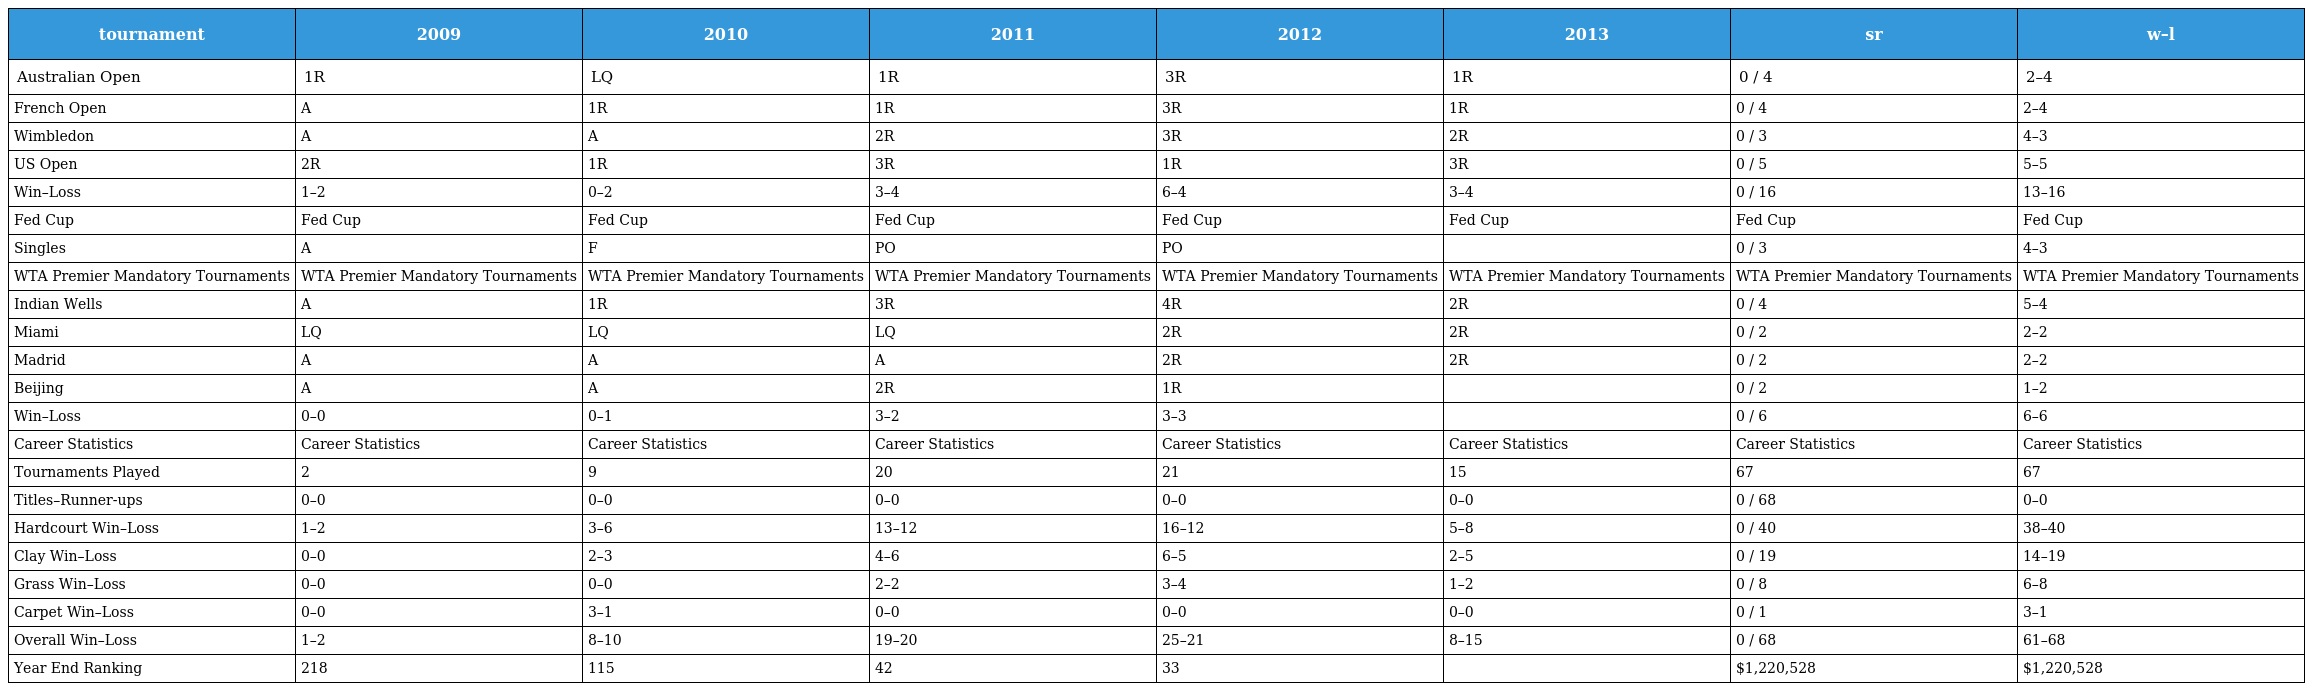
| tournament | 2009 | 2010 | 2011 | 2012 | 2013 | sr | w–l |
 | --- | --- | --- | --- | --- | --- | --- | --- |
 | Australian Open | 1R | LQ | 1R | 3R | 1R | 0 / 4 | 2–4 |
 | French Open | A | 1R | 1R | 3R | 1R | 0 / 4 | 2–4 |
 | Wimbledon | A | A | 2R | 3R | 2R | 0 / 3 | 4–3 |
 | US Open | 2R | 1R | 3R | 1R | 3R | 0 / 5 | 5–5 |
 | Win–Loss | 1–2 | 0–2 | 3–4 | 6–4 | 3–4 | 0 / 16 | 13–16 |
 | Fed Cup | Fed Cup | Fed Cup | Fed Cup | Fed Cup | Fed Cup | Fed Cup | Fed Cup |
 | Singles | A | F | PO | PO |  | 0 / 3 | 4–3 |
 | WTA Premier Mandatory Tournaments | WTA Premier Mandatory Tournaments | WTA Premier Mandatory Tournaments | WTA Premier Mandatory Tournaments | WTA Premier Mandatory Tournaments | WTA Premier Mandatory Tournaments | WTA Premier Mandatory Tournaments | WTA Premier Mandatory Tournaments |
 | Indian Wells | A | 1R | 3R | 4R | 2R | 0 / 4 | 5–4 |
 | Miami | LQ | LQ | LQ | 2R | 2R | 0 / 2 | 2–2 |
 | Madrid | A | A | A | 2R | 2R | 0 / 2 | 2–2 |
 | Beijing | A | A | 2R | 1R |  | 0 / 2 | 1–2 |
 | Win–Loss | 0–0 | 0–1 | 3–2 | 3–3 |  | 0 / 6 | 6–6 |
 | Career Statistics | Career Statistics | Career Statistics | Career Statistics | Career Statistics | Career Statistics | Career Statistics | Career Statistics |
 | Tournaments Played | 2 | 9 | 20 | 21 | 15 | 67 | 67 |
 | Titles–Runner-ups | 0–0 | 0–0 | 0–0 | 0–0 | 0–0 | 0 / 68 | 0–0 |
 | Hardcourt Win–Loss | 1–2 | 3–6 | 13–12 | 16–12 | 5–8 | 0 / 40 | 38–40 |
 | Clay Win–Loss | 0–0 | 2–3 | 4–6 | 6–5 | 2–5 | 0 / 19 | 14–19 |
 | Grass Win–Loss | 0–0 | 0–0 | 2–2 | 3–4 | 1–2 | 0 / 8 | 6–8 |
 | Carpet Win–Loss | 0–0 | 3–1 | 0–0 | 0–0 | 0–0 | 0 / 1 | 3–1 |
 | Overall Win–Loss | 1–2 | 8–10 | 19–20 | 25–21 | 8–15 | 0 / 68 | 61–68 |
 | Year End Ranking | 218 | 115 | 42 | 33 |  | $1,220,528 | $1,220,528 |